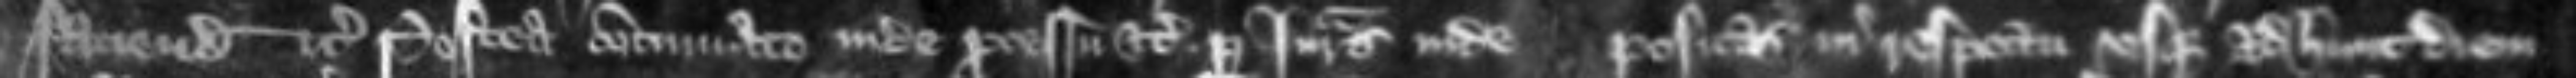
faciendum etc Postea continuato inde processu etc per juratas inde positas in respectum usque ad hunc diem